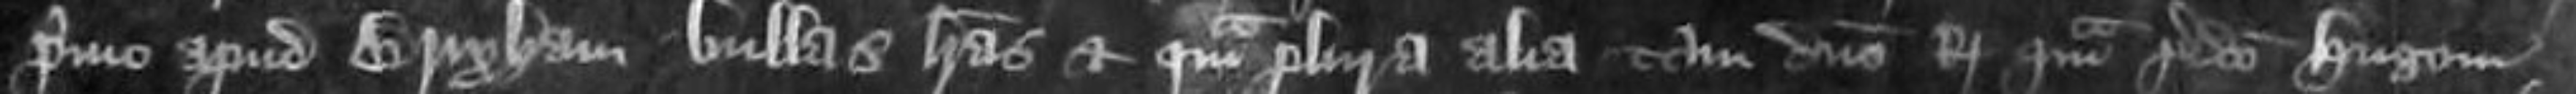
primo apud Brixham bullas litteras et quamplura alia tam domino Regi quam predicto Hugoni